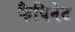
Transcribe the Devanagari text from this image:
कैविनेट